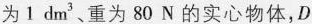
为1dm^{3}、重为80N的实心物体，D